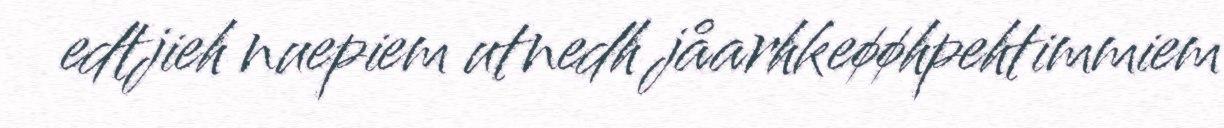
edtjieh nuepiem utnedh jåarhkeøøhpehtimmiem